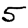
Digit: 5